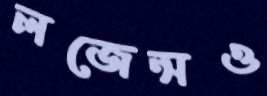
লজেন্সও